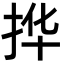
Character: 𫼧